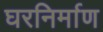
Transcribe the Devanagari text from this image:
घरनिर्माण